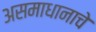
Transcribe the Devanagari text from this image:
असमाधानाचे